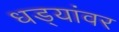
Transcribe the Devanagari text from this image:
धड्यांवर